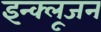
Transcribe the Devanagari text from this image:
इन्क्लूजन